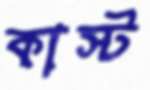
কাস্ট